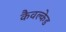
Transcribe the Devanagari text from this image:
कैवल्केड